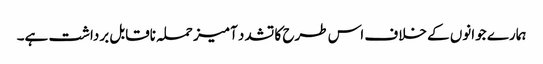
ہمارے جوانوں کے خلاف اس طرح کا تشدد آمیز حملہ ناقابل برداشت ہے۔